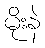
မိုးနဲ